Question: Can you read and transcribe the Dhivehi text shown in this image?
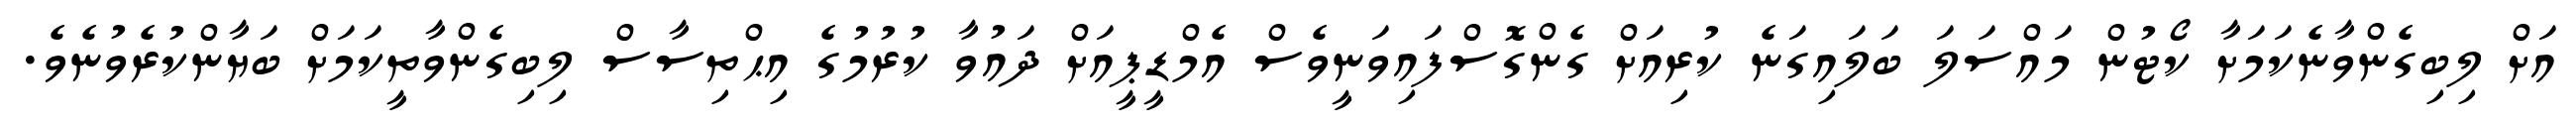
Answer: އަށް ލިބިގެންވާނެކަމަށާ ކޯޓުން މައްސަލަ ބަލައިގަނެ ކުރިއަށް ގެންގޮސްފައިވަނީވެސް އެމްޑީޕީއަށް ދައުވާ ކުރުމުގެ އިޙްތިސާސް ލިބިގެންވާތީކަމަށް ބަޔާންކުރެވުނެވެ.